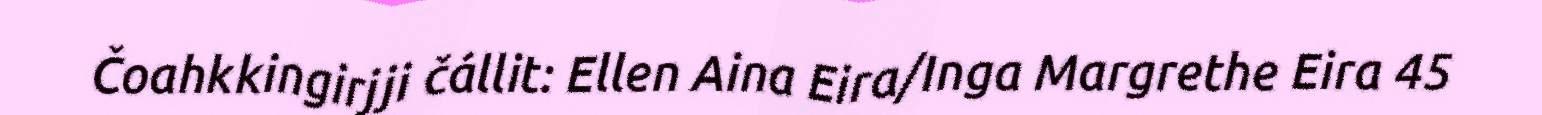
Čoahkkingirjji čállit: Ellen Aina Eira/Inga Margrethe Eira 45